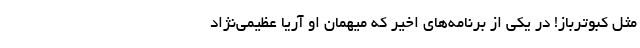
مثل کبوترباز! در یکی از برنامه‌های اخیر که میهمان او آریا عظیمی‌نژاد